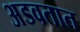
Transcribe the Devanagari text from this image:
अडवतात